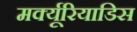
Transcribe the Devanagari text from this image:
मर्क्यूरियाडिस